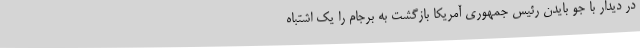
در دیدار با جو بایدن رئیس جمهوری آمریکا بازگشت به برجام را یک اشتباه